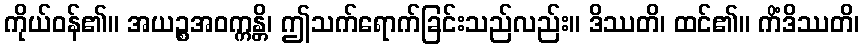
ကိုယ်ဝန်၏။ အယဉ္စအဝက္ကန္တိ၊ ဤသက်ရောက်ခြင်းသည်လည်း။ ဒိဿတိ၊ ထင်၏။ ကိံဒိဿတိ၊